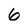
Character: 6